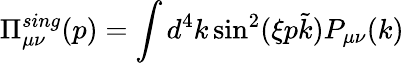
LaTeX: \Pi_{\mu\nu}^{sing}(p)=\int d^{4}k\sin^{2}(\xi p\tilde{k})P_{\mu\nu}(k)